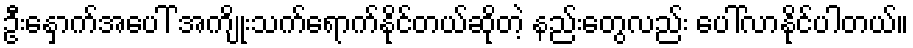
ဦးနှောက်အပေါ် အကျိုးသက်ရောက်နိုင်တယ်ဆိုတဲ့ နည်းတွေလည်း ပေါ်လာနိုင်ပါတယ်။